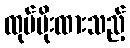
ထုပ်ပိုးထားသည့်